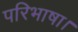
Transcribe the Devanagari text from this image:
परिभाषा।